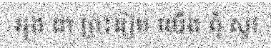
អុង ជា ព្រះរៀម យើង ពុំ សូវ